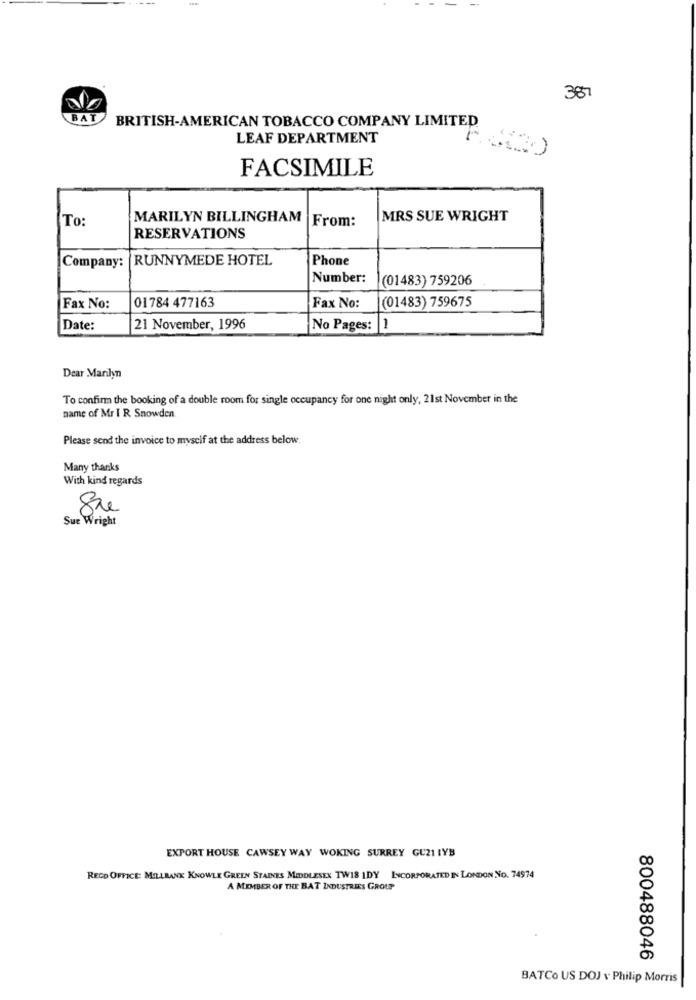
387
BAT
BRITISH-AMERICAN TOBACCO COMPANY LIMITED
LEAF DEPARTMENT
FACSIMILE
To:
MARILYN BILLINGHAM |From:
MRS SUE WRIGHT
RESERVATIONS
Company: RUNNYMEDE HOTEL
Phone
Number:
(01483) 759206
01784 477163
(01483) 759675
Fax No:
Fax No:
Date:
21 November, 1996
No Pages: 1
Dear Marilyn
To confirm the booking of a double room for single occupancy for one night only, 21st November in the
name of Mr I R Snowden
Please send the invoice to myself at the address below.
Many thanks
With kind regards
8re
Sur Wright
EXPORT HOUSE CAWSEY WAY WOKING SURREY GU21 IYB
RECO OFFICE: MILLBANK KNOWLE GREEN STAINES MIDDLESEX TW18 IDY INCORPORATED IN LONDON NO. 74974
A MEMBER OF THE BAT INDUSTRIES GROUP
800488046
BATCo US DOJ v Philip Morris